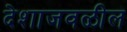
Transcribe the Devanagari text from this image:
देशाजवळील